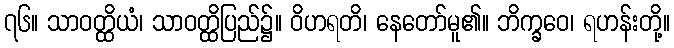
၇၆။ သာဝတ္ထိယံ၊ သာဝတ္ထိပြည်၌။ ဝိဟရတိ၊ နေတော်မူ၏။ ဘိက္ခဝေ၊ ရဟန်းတို့။